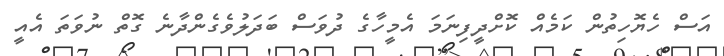
އަސް ހެޔޮހިތުން ކަމެއް ކޮށްދީފިނަމަ އެމީހާގެ ދުވަސް ބަދަލުވެގެންދާނެ ގޮތް ނުވަތަ އެއީ